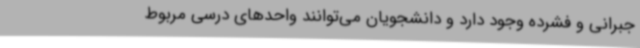
جبرانی و فشرده وجود دارد و دانشجویان می‌توانند واحدهای درسی مربوط